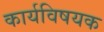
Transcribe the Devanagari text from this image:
कार्यविषयक